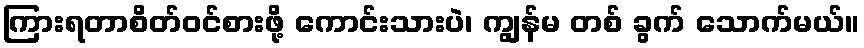
ကြားရတာစိတ်ဝင်စားဖို့ ကောင်းသားပဲ၊ ကျွန်မ တစ် ခွက် သောက်မယ်။